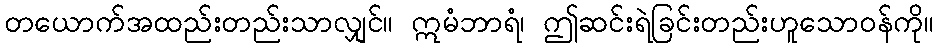
တယောက်အထည်းတည်းသာလျှင်။ ဣမံဘာရံ၊ ဤဆင်းရဲခြင်းတည်းဟူသောဝန်ကို။